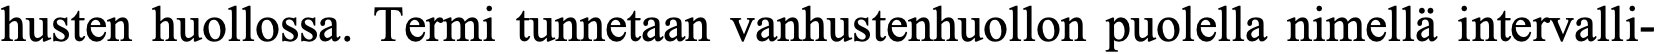
husten huollossa. Termi tunnetaan vanhustenhuollon puolella nimellä intervalli-